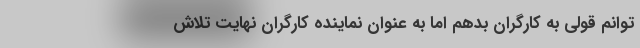
توانم قولی به کارگران بدهم اما به عنوان نماینده کارگران نهایت تلاش